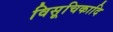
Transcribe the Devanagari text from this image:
विसूचिकादि